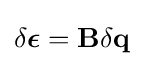
\delta {\boldsymbol {\epsilon }}=\mathbf {B} \delta \mathbf {q}